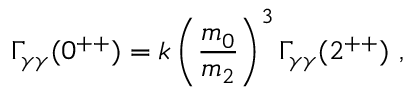
\Gamma _ { \gamma \gamma } ( 0 ^ { + + } ) = k \left( \frac { m _ { 0 } } { m _ { 2 } } \right) ^ { 3 } \Gamma _ { \gamma \gamma } ( 2 ^ { + + } ) \ ,